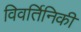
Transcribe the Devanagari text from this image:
विवर्तिनिकी